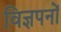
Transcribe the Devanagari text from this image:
विज्ञपनों